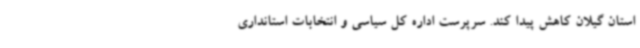
استان گیلان کاهش پیدا کند. سرپرست اداره کل سیاسی و انتخابات استانداری